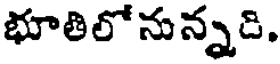
భూతిలోనున్నది.